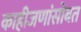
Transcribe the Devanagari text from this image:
काहीजणांसोबत